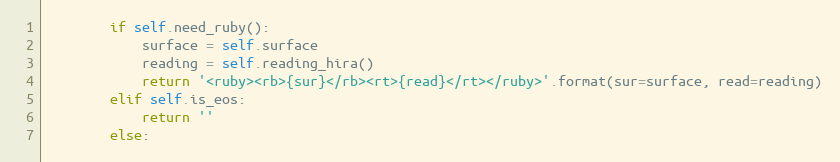
Language: Python
        if self.need_ruby():
            surface = self.surface
            reading = self.reading_hira()
            return '<ruby><rb>{sur}</rb><rt>{read}</rt></ruby>'.format(sur=surface, read=reading)
        elif self.is_eos:
            return ''
        else: